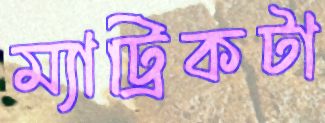
ম্যাট্রিকটা